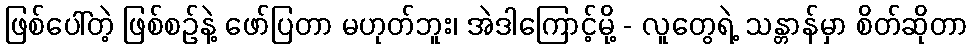
ဖြစ်ပေါ်တဲ့ ဖြစ်စဉ်နဲ့ ဖော်ပြတာ မဟုတ်ဘူး၊ အဲဒါကြောင့်မို့ - လူတွေရဲ့ သန္တာန်မှာ စိတ်ဆိုတာ